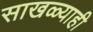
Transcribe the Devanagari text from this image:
साखळ्याही